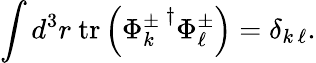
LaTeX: \int d^{3}r~\mathrm{tr}\left({\Phi_{k}^{\pm}\, }^{\dagger}\Phi_{\ell}^{\pm}\right)=\delta_{k\, \ell}.